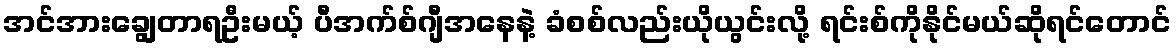
အင်အားချွေတာရဦးမယ့် ပီအက်စ်ဂျီအနေနဲ့ ခံစစ်လည်းယိုယွင်းလို့ ရင်းစ်ကိုနိုင်မယ်ဆိုရင်တောင်